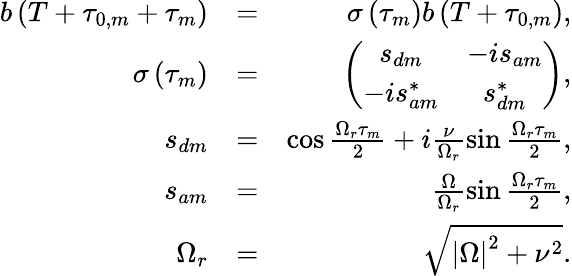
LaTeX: \begin{array}{rlr}{b\left(T+\tau_{0,m}+\tau_{m}\right)}&{=}&{\sigma\left(\tau_{m}\right)b\left(T+\tau_{0,m}\right),}\\ {\sigma\left(\tau_{m}\right)}&{=}&{\left(\begin{array}{cc}{s_{dm}}&{-is_{am}}\\ {-is_{am}^{\ast}}&{s_{dm}^{\ast}}\end{array}\right),}\\ {s_{dm}}&{=}&{\cos\frac{\Omega_{r}\tau_{m}}{2}+i\frac{\nu}{\Omega_{r}}\sin\frac{\Omega_{r}\tau_{m}}{2},}\\ {s_{am}}&{=}&{\frac{\Omega}{\Omega_{r}}\sin\frac{\Omega_{r}\tau_{m}}{2},}\\ {\Omega_{r}}&{=}&{\sqrt{\left\vert\Omega\right\vert^{2}+\nu^{2}}.}\end{array}